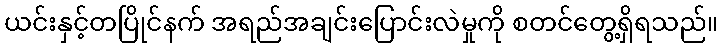
ယင်းနှင့်တပြိုင်နက် အရည်အချင်းပြောင်းလဲမှုကို စတင်တွေ့ရှိရသည်။